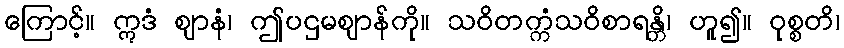
ကြောင့်။ ဣဒံ ဈာနံ၊ ဤပဌမဈာန်ကို။ သဝိတက္ကံသဝိစာရန္တိ၊ ဟူ၍။ ဝုစ္စတိ၊